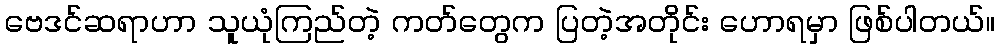
ဗေဒင်ဆရာဟာ သူယုံကြည်တဲ့ ကတ်တွေက ပြတဲ့အတိုင်း ဟောရမှာ ဖြစ်ပါတယ်။